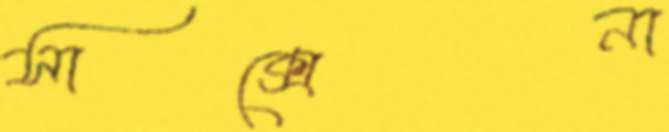
সাক্সেনা